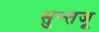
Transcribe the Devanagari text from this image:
सुन्तजू